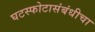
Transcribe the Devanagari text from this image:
घटस्फोटासंबंधीचा